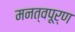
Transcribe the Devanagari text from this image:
मनत्वपूर्ण